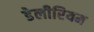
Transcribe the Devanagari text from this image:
डेलीरियम